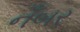
નઁબર